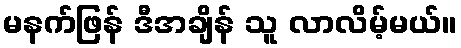
မနက်ဖြန် ဒီအချိန် သူ လာလိမ့်မယ်။